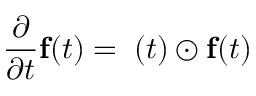
\frac { \partial } { \partial t } { \bf f } ( t ) = { \bf \Omega } ( t ) \odot { \bf f } ( t )